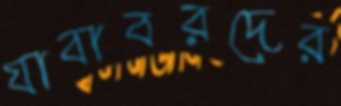
যাবাবরদের